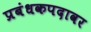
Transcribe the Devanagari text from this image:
प्रबंधकपदावर